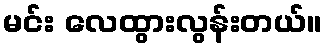
မင်း လေထွားလွန်းတယ်။